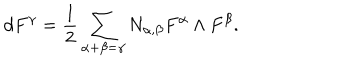
d F ^ { \gamma } = \frac { 1 } { 2 } \sum _ { \alpha + \beta = \gamma } N _ { \alpha , \beta } F ^ { \alpha } \wedge F ^ { \beta } .